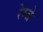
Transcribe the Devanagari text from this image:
रेम्जे